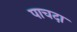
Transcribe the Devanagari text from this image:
पाचदा